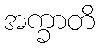
အက္ခာတိ